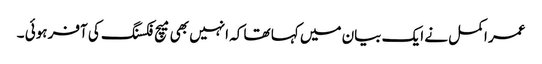
عمر اکمل نے ایک بیان میں کہا تھا کہ انہیں بھی میچ فکسنگ کی آفر ہوئی ۔